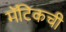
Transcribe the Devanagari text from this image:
मॅटिकची